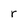
Character: r